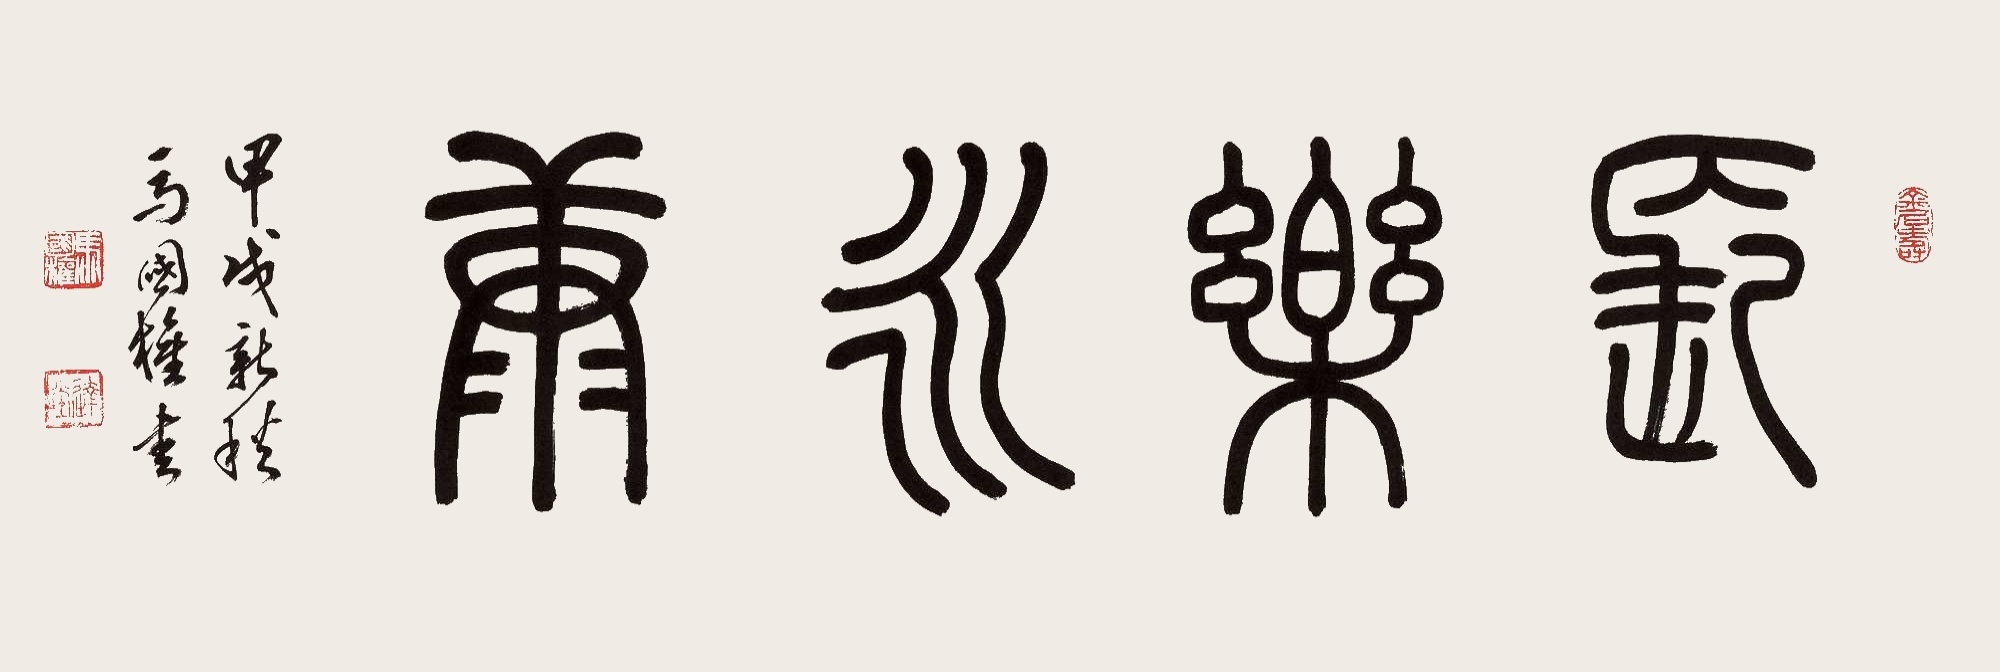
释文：长乐永康甲戌新秋，马国权书。